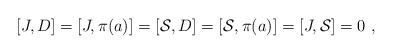
\begin{align*}[J,D]=[J,\pi(a)]=[\mathcal{S},D]=[\mathcal{S},\pi(a)]=[J,\mathcal{S}]=0~,\end{align*}